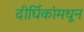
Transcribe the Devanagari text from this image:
दीर्घिकांमधून